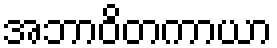
အဘာဝိတကာယာ